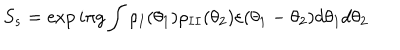
S _ { s } = \exp i \pi g \int \rho _ { I } ( \theta _ { 1 } ) \rho _ { I I } ( \theta _ { 2 } ) \varepsilon ( \theta _ { 1 } - \theta _ { 2 } ) d \theta _ { 1 } d \theta _ { 2 }